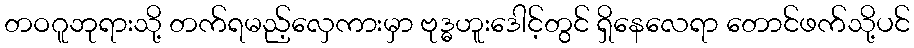
တဝဂူဘုရားသို့ တက်ရမည့်လှေကားမှာ ဗုဒ္ဓဟူးဒေါင့်တွင် ရှိနေလေရာ တောင်ဖက်သို့ပင်